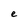
Character: e